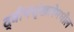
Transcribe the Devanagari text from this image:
द्वीपशृंखलेमधील